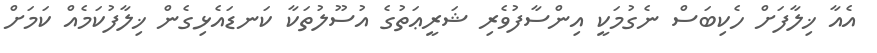
އެއާ ޚިލާފަށް ހެކިބަސް ނެގުމަކީ އިންސާފުވެރި ޝަރީޢަތުގެ އުސޫލުތަކާ ކަނޑައެޅިގެން ޚިލާފުކަމެއް ކަމަށް